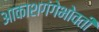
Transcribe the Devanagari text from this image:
आकाशगंगेभोवती